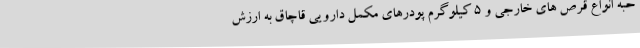
حبه انواع قرص های خارجی و 5 کیلوگرم پودرهای مکمل دارویی قاچاق به ارزش